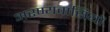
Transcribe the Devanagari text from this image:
अरण्यवासियों